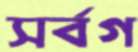
সর্বগ